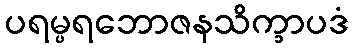
ပရမ္ပရဘောဇနသိက္ခာပဒံ